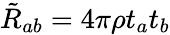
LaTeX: \tilde{R}_{ab}=4\pi\rho t_{a}t_{b}